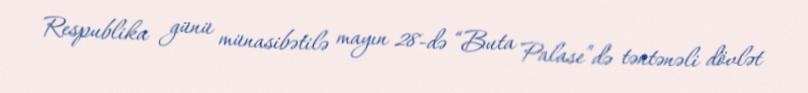
Respublika günü münasibətilə mayın 28-də “Buta Palase”də təntənəli dövlət